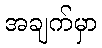
အချက်မှာ